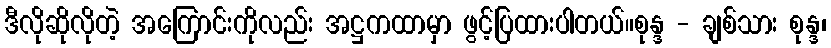
ဒီလိုဆိုလိုတဲ့ အကြောင်းကိုလည်း အဋ္ဌကထာမှာ ဖွင့်ပြထားပါတယ်။စုန္ဒ - ချစ်သား စုန္ဒ၊